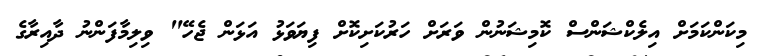
މިކަންކަމަށް އިލެކްޝަންސް ކޮމިޝަނުން ވަރަށް ހަރުކަށިކޮށް ފިޔަވަޅު އަޅަން ޖެހޭ" ވިލިމާފަންނު ދާއިރާގެ